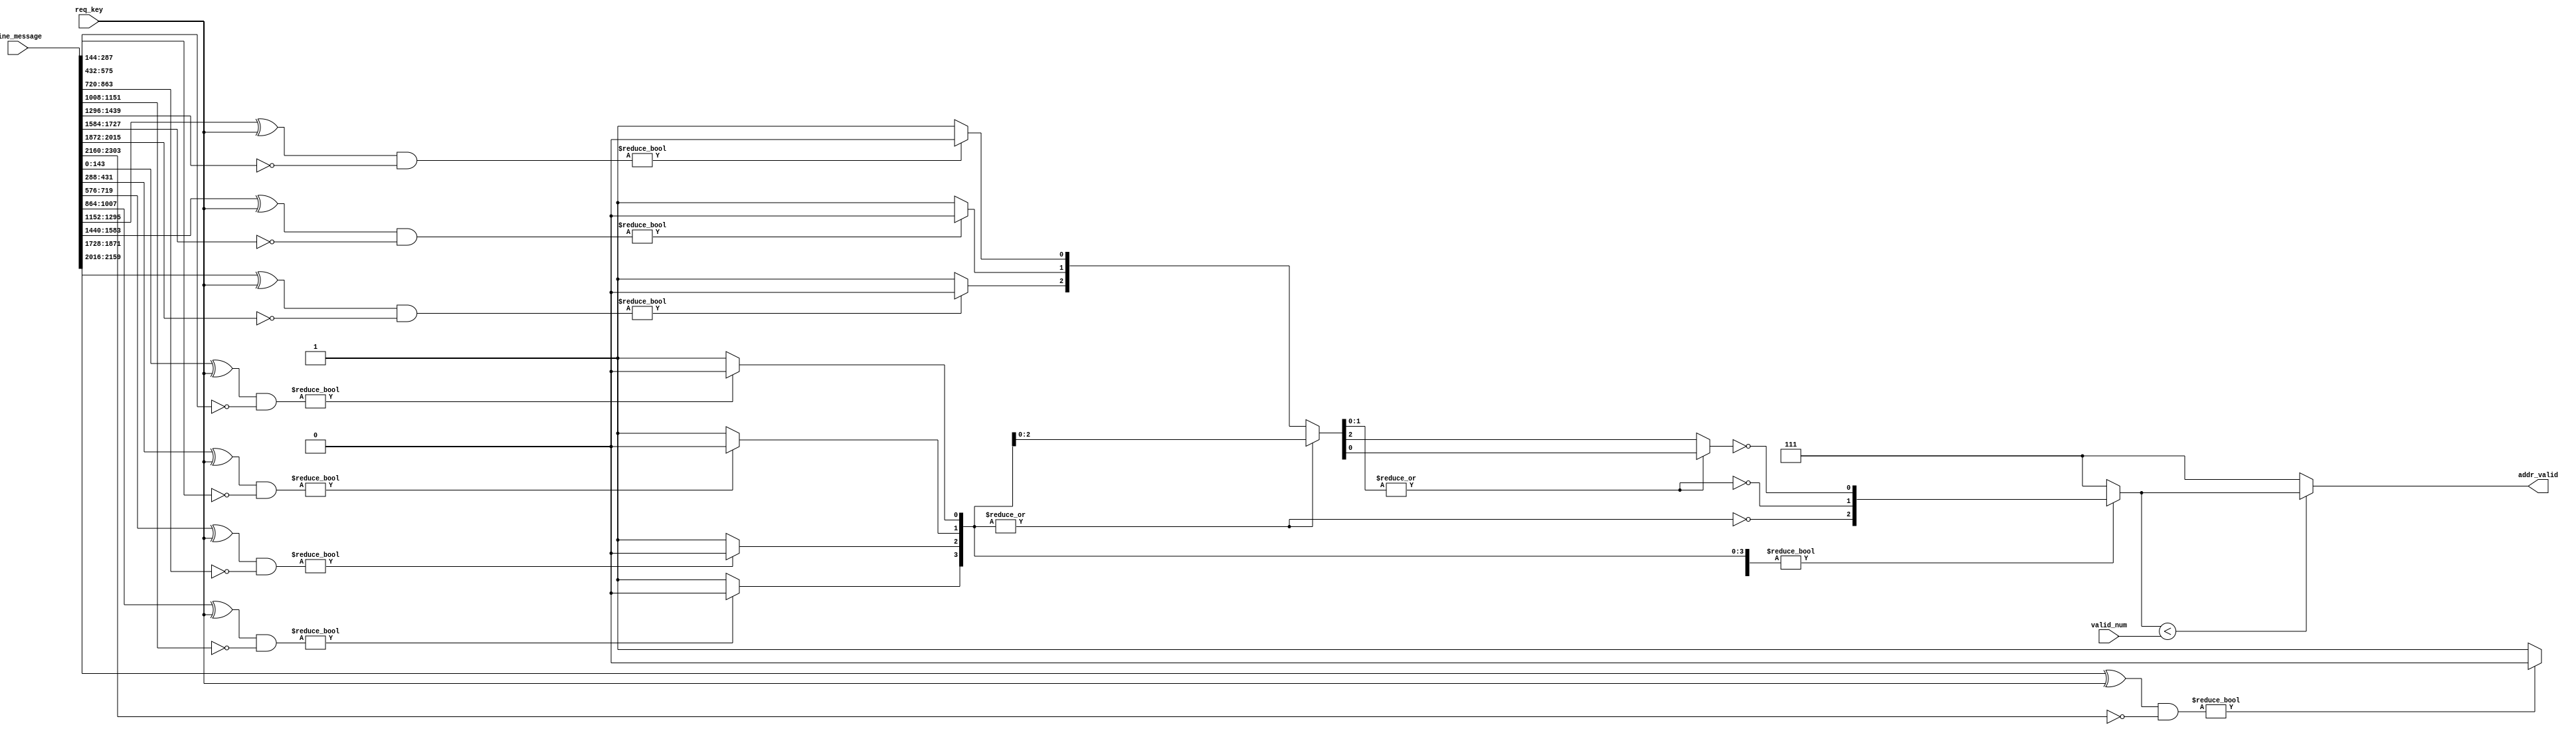
`timescale 1ns/1ps
module tcam #(
	parameter ADDR_WIDTH = 3,
	parameter KEY_WIDTH = 144,
	parameter TCAM_SUM = 8
)
(
    input [KEY_WIDTH*2*TCAM_SUM:0] line_message,                 //zf0match1x
	input [KEY_WIDTH-1:0]req_key,             
    input [ADDR_WIDTH-1:0]valid_num,
	output reg [ADDR_WIDTH-1:0]addr_valid
);

wire [ADDR_WIDTH-1:0]addr;
wire [2*KEY_WIDTH-1:0] line [TCAM_SUM-1:0];

genvar i;
generate
    for(i=0; i<TCAM_SUM; i=i+1) begin:BLOCK1
        assign line[i]=line_message[i*KEY_WIDTH*2+KEY_WIDTH*2-1:i*KEY_WIDTH*2];
    end
endgenerate

wire [TCAM_SUM-1:0] match;

/*
genvar j;
generate
    for(j=0; j<TCAM_SUM; j=j+1) begin:BLOCK2
        assign addr=(line[j][KEY_WIDTH-1:0]^req_key)&(~line[j][2*KEY_WIDTH-1:KEY_WIDTH])?j:TCAM_SUM;
    end
endgenerate
*/

genvar j;
generate
    for(j=0; j<TCAM_SUM; j=j+1) begin:BLOCK2
        assign match[j]=(line[j][KEY_WIDTH-1:0]^req_key)&(~line[j][2*KEY_WIDTH-1:KEY_WIDTH])?1'b0:1'b1;
    end
endgenerate







wire    [3:0]   tmp0;
wire    [1:0]   tmp1;

wire    [2:0]   index;

    


assign index[2] = ~(|match[3:0]);
assign tmp0 = index[2] ? match[7:4] : match[3:0];

assign index[1] = ~(|tmp0[1:0]);
assign tmp1 = index[1] ? tmp0[3:2] : tmp0[1:0];

assign index[0] = ~tmp1[0]; 


assign addr=match?index:(TCAM_SUM-1);










always@*
begin
    if(addr<valid_num)
    addr_valid=addr;
    else
    addr_valid=TCAM_SUM-1;
end



endmodule